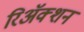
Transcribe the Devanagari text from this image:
रिअॅक्शन